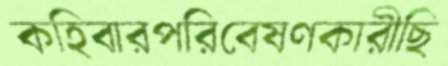
কহিবারপরিবেষণকারীছি